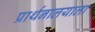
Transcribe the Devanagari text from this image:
प्रार्थनालयाला